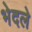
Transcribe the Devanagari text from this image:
भेदले